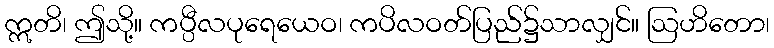
ဣတိ၊ ဤသို့။ ကပ္ပီလပုရေယေဝ၊ ကပိလဝတ်ပြည်၌သာလျှင်။ ဩဟိတော၊